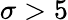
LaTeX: \sigma>5